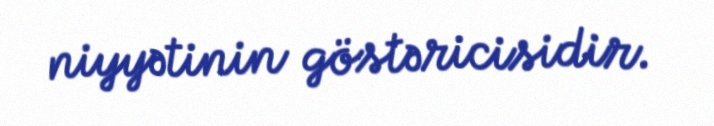
niyyətinin göstəricisidir.